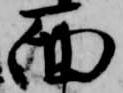
面